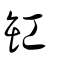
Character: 缸